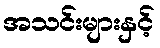
အသင်းများနှင့်